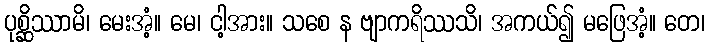
ပုစ္ဆိဿာမိ၊ မေးအံ့။ မေ၊ ငါ့အား။ သစေ န ဗျာကရိဿသိ၊ အကယ်၍ မဖြေအံ့။ တေ၊